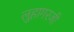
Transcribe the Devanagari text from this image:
लुहागरजी